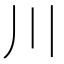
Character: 川